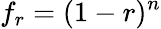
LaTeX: f_{r}=(1-r)^{n}